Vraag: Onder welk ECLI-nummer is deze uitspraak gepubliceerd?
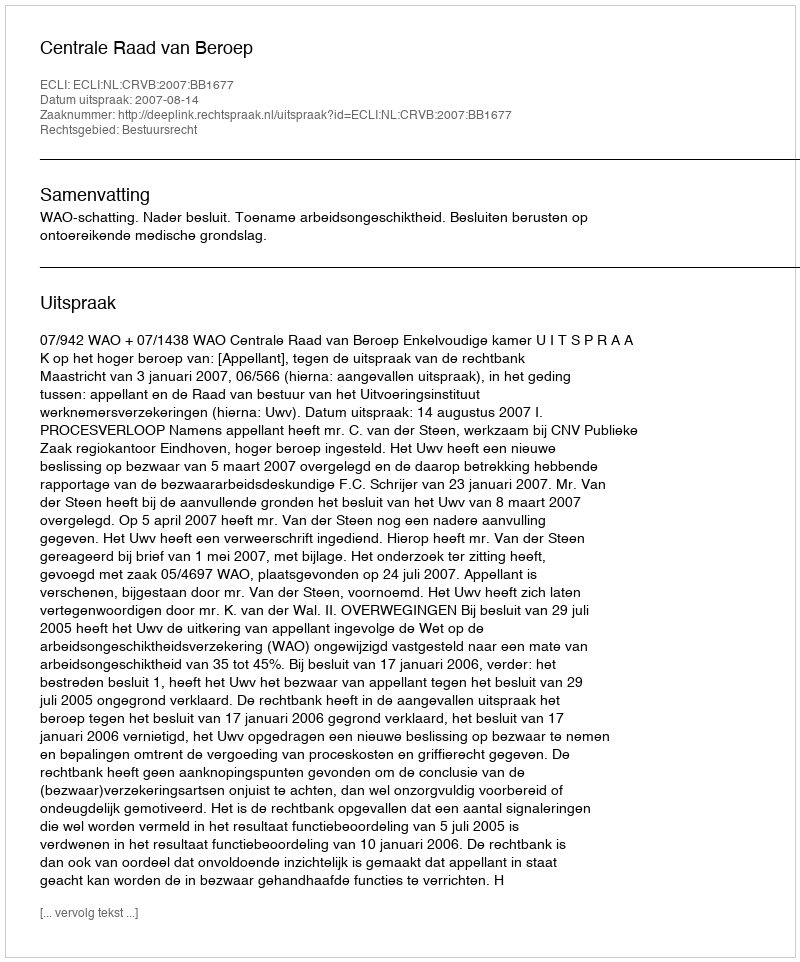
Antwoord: ECLI:NL:CRVB:2007:BB1677